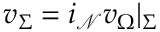
v _ { \Sigma } = i _ { \mathcal { N } } v _ { \Omega } | _ { \Sigma }